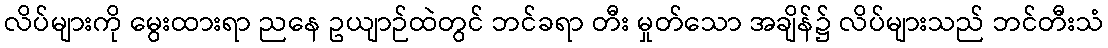
လိပ်များကို မွေးထားရာ ညနေ ဥယျာဉ်ထဲတွင် ဘင်ခရာ တီး မှုတ်သော အချိန်၌ လိပ်များသည် ဘင်တီးသံ